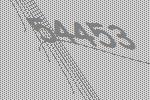
54453